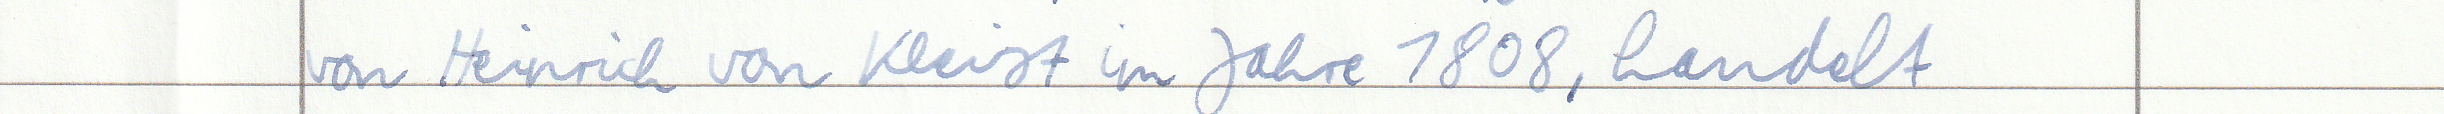
von Heinrich von Kleist im Jahre 1808, handelt